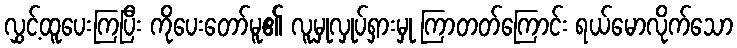
လွှင့်ထူပေးကြပြီး ကိုပေးတော်မူ၏ လူမှုလှုပ်ရှားမှု ကြာတတ်ကြောင်း ရယ်မောလိုက်သော